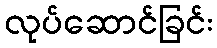
လုပ်ဆောင်ခြင်း